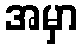
အမှာ